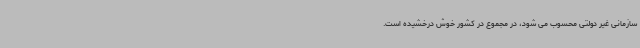
سازمانی غیر دولتی محسوب می شود، در مجموع در کشور خوش درخشیده است.